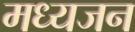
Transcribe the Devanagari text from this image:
मध्यजन